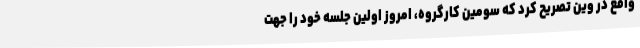
واقع در وین تصریح کرد که سومین کارگروه، امروز اولین جلسه خود را جهت